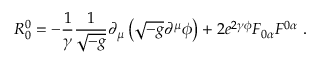
R _ { 0 } ^ { 0 } = - \frac { 1 } { \gamma } \frac { 1 } { \sqrt { - g } } \partial _ { \mu } \left( \sqrt { - g } \partial ^ { \mu } \phi \right) + 2 e ^ { 2 \gamma \phi } F _ { 0 \alpha } F ^ { 0 \alpha } \ .